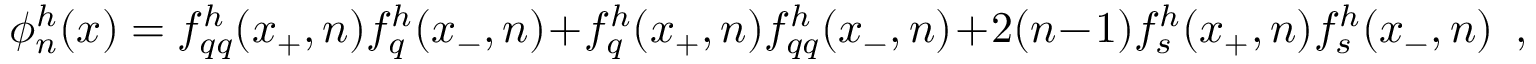
\phi _ { n } ^ { h } ( x ) = f _ { q q } ^ { h } ( x _ { + } , n ) f _ { q } ^ { h } ( x _ { - } , n ) + f _ { q } ^ { h } ( x _ { + } , n ) f _ { q q } ^ { h } ( x _ { - } , n ) + 2 ( n - 1 ) f _ { s } ^ { h } ( x _ { + } , n ) f _ { s } ^ { h } ( x _ { - } , n ) \ \ ,